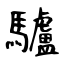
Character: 驢